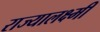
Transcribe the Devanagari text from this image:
राज्यालक्ष्मी